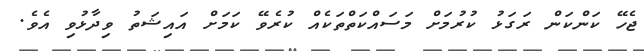
ޖެހޭ ކަންކަން ރަގަޅު ކުރުމަށް މަސައްކަތްތަކެއް ކުރެވޭ ކަމަށް އައިޝަތު ވިދާޅުވި އެވެ.